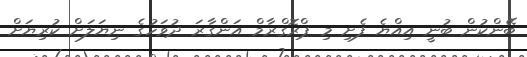
ބޭންކުން ބުނީ އިއްޔެ ފެށި މި ޕްރޮގްރާމް އަންގާރަ ދުވަހުގެ ނިޔަލަށް ކުރިޔަށް